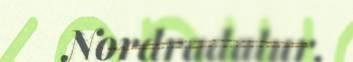
Norđradalur,